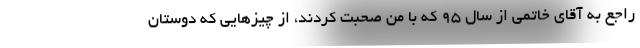
راجع به آقای خاتمی از سال 95 که با من صحبت کردند، از چیزهایی که دوستان